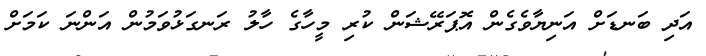
އަދި ބަނޑަށް އަނިޔާވެގެން އޮޕަރޭޝަން ކުރި މީހާގެ ހާލު ރަނގަޅުވަމުން އަންނަ ކަމަށް